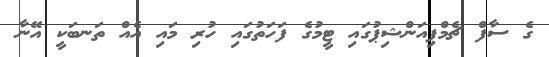
ގެ ސާފް ޗެމްޕިއަންޝިޕުގައި ޓީމުގެ ފަހަތުގައި ހުރި މައި އެއް ތަނބަކީ އޭނާ